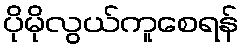
ပိုမိုလွယ်ကူစေရန်